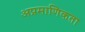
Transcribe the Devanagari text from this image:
अप्रमाणिकता